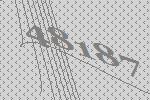
48187